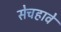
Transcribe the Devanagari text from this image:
सेचहावे